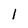
Character: 1